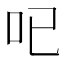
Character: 𠯇